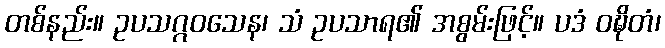
တစ်နည်း။ ဥပသဂ္ဂဝသေန၊ သံ ဥပသာရ၏ အစွမ်းဖြင့်။ ပဒံ ဝဍ္ဎိတံ၊